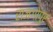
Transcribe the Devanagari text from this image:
राजगोपुर